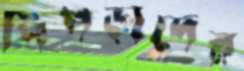
পিঁপড়াদের